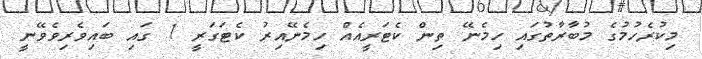
މިކުރެހުމުގެ މުބާރާތުގައި ހިމެނޭ ތިން ކެޓަރީއެއް ހިމެނޭއިރު ކެޓަގަރީ 1 ގައި ބައިވެރިވެވޭނީ